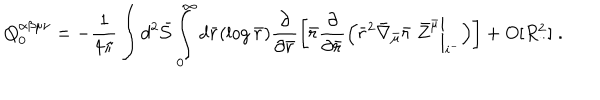
LaTeX: Q _ { 0 } ^ { \alpha \beta \mu \nu } = - \frac { 1 } { 4 \pi } \int d ^ { 2 } { \bar { \cal S } } \int _ { 0 } ^ { \infty } d { \bar { r } } ( \log { \bar { r } } ) \frac { \partial } { \partial { \bar { r } } } \left[ { \bar { r } } \frac { \partial } { \partial { \bar { r } } } \Bigl ( { \bar { r } } ^ { 2 } { \bar { \nabla } } _ { \bar { \mu } } { \bar { r } } \; { \bar { Z } } ^ { \bar { \mu } } \biggl | _ { i ^ { - } } \Bigr ) \right] + O [ R _ { . . } ^ { 2 } ] \; .